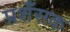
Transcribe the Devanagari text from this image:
प्रशँसक